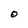
Character: O